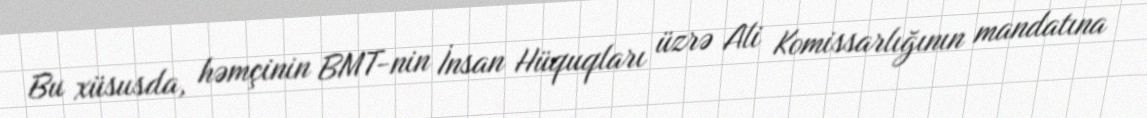
Bu xüsusda, həmçinin BMT-nin İnsan Hüquqları üzrə Ali Komissarlığının mandatına